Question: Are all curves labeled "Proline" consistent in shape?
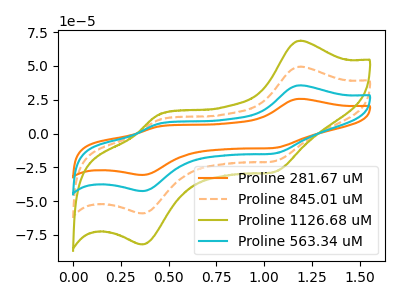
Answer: <think>The orange curve "Proline 281.67 uM" has anodic peaks at (1.20V, 25.70uA) (0.45V, 5.10uA) and cathodic peaks at (1.05V, -10.65uA) (0.35V, -30.75uA). The orange dashed curve "Proline 845.01 uM" has anodic peaks at (1.20V, 71.35uA) (0.45V, 14.15uA) and cathodic peaks at (1.05V, -29.55uA) (0.35V, -85.30uA). The olive curve "Proline 1126.68 uM" has anodic peaks at (1.20V, 107.00uA) (0.45V, 21.25uA) and cathodic peaks at (1.05V, -44.35uA) (0.35V, -127.95uA). The cyan curve "Proline 563.34 uM" has anodic peaks at (1.20V, 35.65uA) (0.45V, 7.10uA) and cathodic peaks at (1.05V, -14.80uA) (0.35V, -42.65uA).
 All the peaks in "Proline 281.67 uM" have a peak in "Proline 845.01 uM" at the same potential. Every peak in "Proline 281.67 uM" is lower than every peak in "Proline 845.01 uM". All the peaks in "Proline 281.67 uM" have a peak in "Proline 1126.68 uM" at the same potential. Every peak in "Proline 281.67 uM" is lower than every peak in "Proline 1126.68 uM". All the peaks in "Proline 281.67 uM" have a peak in "Proline 563.34 uM" at the same potential. Every peak in "Proline 281.67 uM" is lower than every peak in "Proline 563.34 uM". All the peaks in "Proline 845.01 uM" have a peak in "Proline 1126.68 uM" at the same potential. Every peak in "Proline 845.01 uM" is lower than every peak in "Proline 1126.68 uM". All the peaks in "Proline 845.01 uM" have a peak in "Proline 563.34 uM" at the same potential. Every peak in "Proline 845.01 uM" is higher than every peak in "Proline 563.34 uM". All the peaks in "Proline 1126.68 uM" have a peak in "Proline 563.34 uM" at the same potential. Every peak in "Proline 1126.68 uM" is higher than every peak in "Proline 563.34 uM".</think>
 <answer>All the CV's of "Proline" have similar shape.</answer>
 <eval>follow_rule</eval>